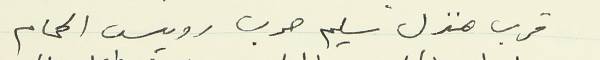
قرب منزل سليم حرب رويس الحمام